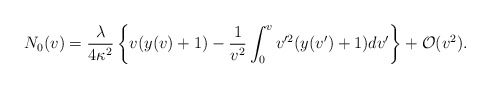
\begin{align*} N_{0}(v)=\frac{\lambda}{4\kappa^2}\left\{v(y(v)+1)-\frac{1}{v^2}\int_0^vv'^2(y(v')+1)dv'\right\}+\mathcal{O}(v^2).\end{align*}